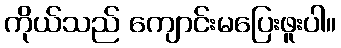
ကိုယ်သည် ကျောင်းမပြေးဖူးပါ။